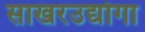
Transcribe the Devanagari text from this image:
साखरउद्योगा